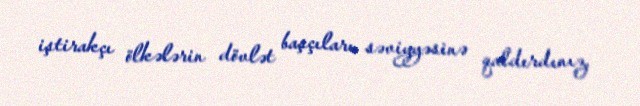
iştirakçı ölkələrin dövlət başçıları səviyyəsinə qaldırdınız.